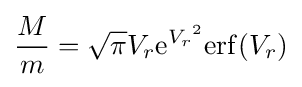
{\frac {M}{m}}={\sqrt {\pi }}V_{r}\mathrm {e} ^{{V_{r}}^{2}}\mathrm {erf} ({V_{r}})